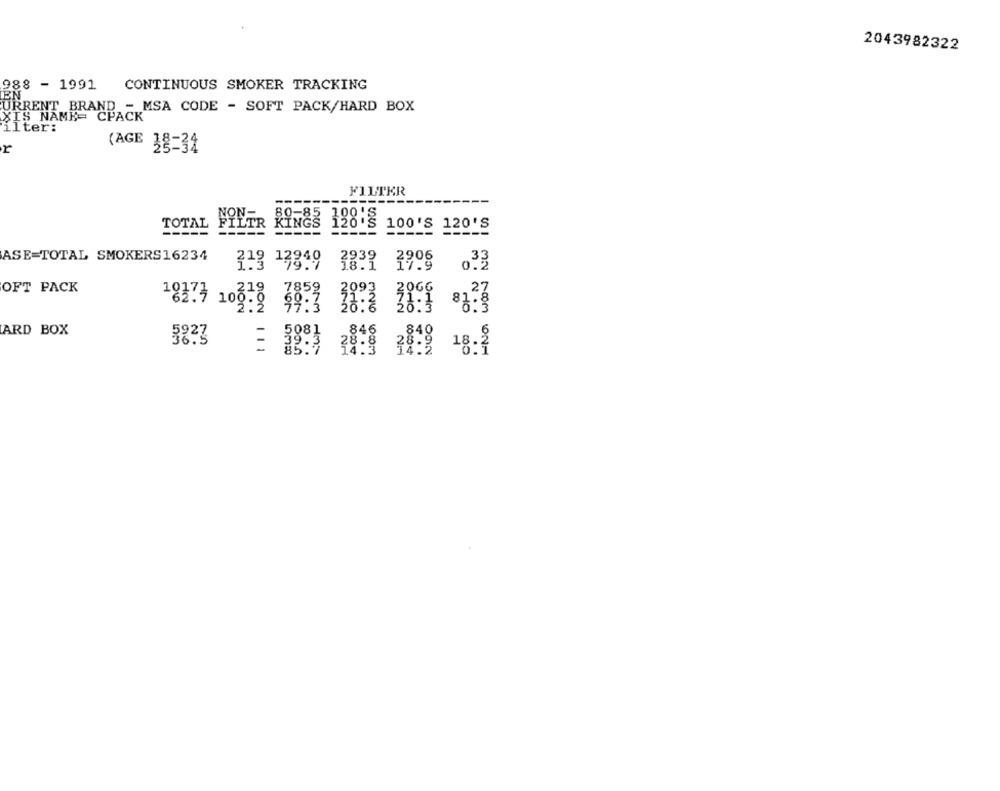
2043982322
988 - 1991
CONTINUOUS SMOKER TRACKING
URRENT BRAND - MSA CODE - SOFT PACK/HARD BOX
XIS NAME= CPACK
ilter:
r
(AGE 38-31
FILTER
--
NON-
KINGS 19818
TOTAL
FILTR
100'S 120'S
---
---
--- ----
ASE=TOTAL SMOKERS16234
38.9
19.9
033
OFT PACK
10373 108.9 99:3 38.8 20:4 83.
ARD BOX
5823
OON
ON-